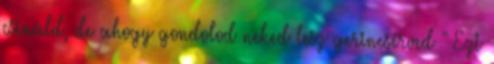
csináld, de ahogy gondolod neked lesz gerincsérved " Ezt